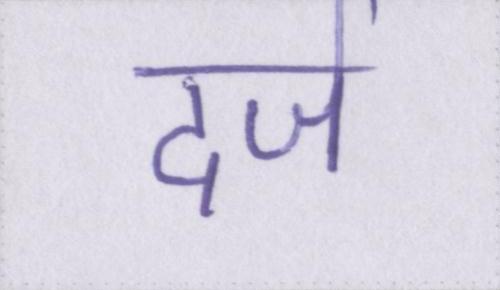
दर्ज